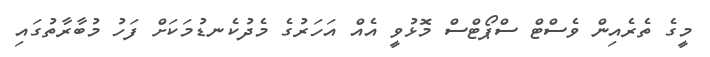
މީގެ ތެރެއިން ވެސްޓް ސްޕޯޓްސް މޮޅުވީ އެއް އަހަރުގެ މެދުކެނޑުމަކަށް ފަހު މުބާރާތުގައި